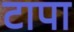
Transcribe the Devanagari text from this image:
टापा